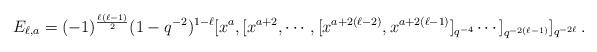
LaTeX: \begin{align*} E_{\ell,a}=(-1)^{\frac{\ell(\ell-1)}{2}}(1-q^{-2})^{1-\ell} [x^{a},[x^{a+2},\cdots,[x^{a+2(\ell-2)},x^{a+2(\ell-1)}]_{q^{-4}}\cdots]_{q^{-2(\ell-1)}}]_{q^{-2\ell}} \,.\end{align*}